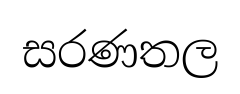
සරණතල